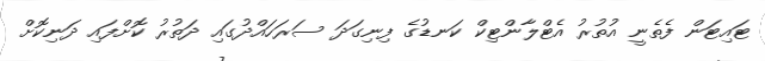
ޓައިޓަން ފެތެނީ އުތުރު އެޓްލާންޓިކް ކަނޑުގެ ފިނިގަދަ ސަރަހައްދުގައި ދަތުރު ކޮށްފައި ދަނިކޮށް